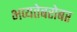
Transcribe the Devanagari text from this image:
भव्यतेबरोबर